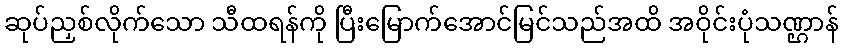
ဆုပ်ညှစ်လိုက်သော သီထရန်ကို ပြီးမြောက်အောင်မြင်သည်အထိ အဝိုင်းပုံသဏ္ဌာန်